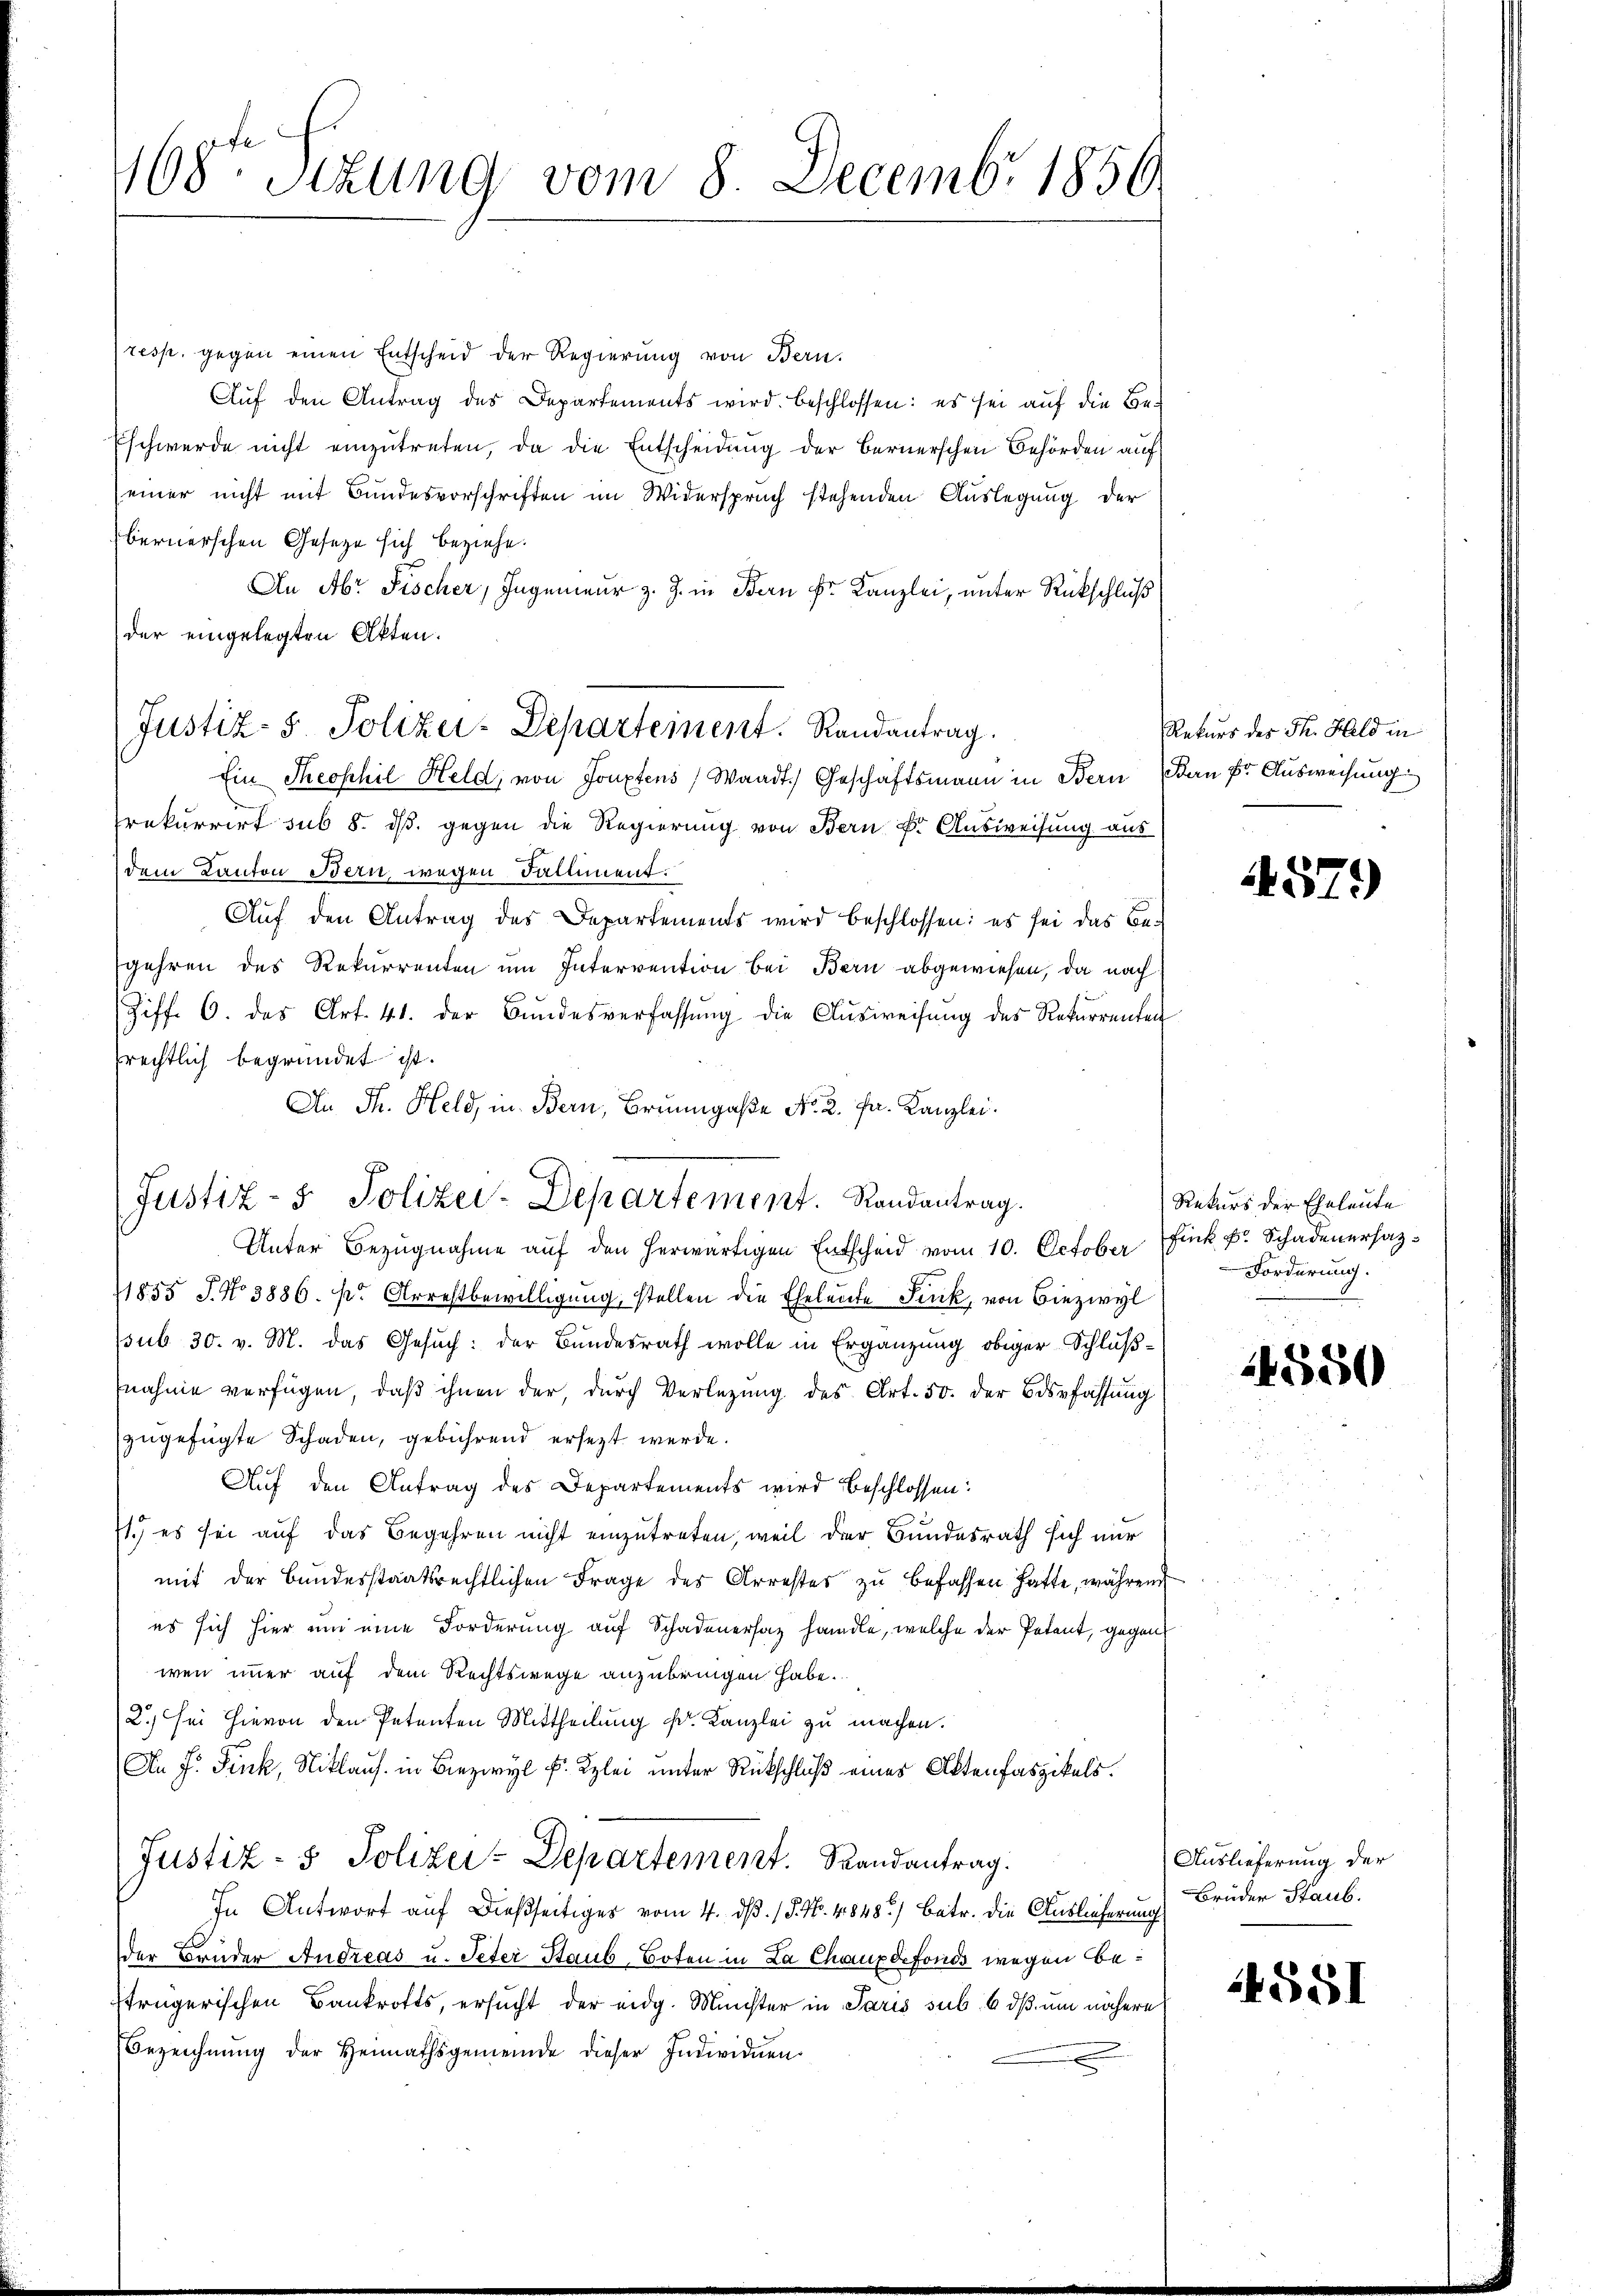
168ten Sizung vom 8. Decembr. 1850

resp. gegen einen Entscheid der Regierung von Bern.
Auf den Antrag des Departements wird beschlossen: es sei auf die Be¬
Eschwerde nicht einzutreten, da die Entscheidung der Bernerschen Behörden auf
einer nicht mit Bundesvorschriften im Widerspruch stehenden Auslegung der
bernerschen Gesetze sich beziehe.
An Abr Fischer, Ingenieur z. Z. in Bern Fr. Kanzlei, unter Rückschluß
der eingelegten Akten.
Ein Theophil Held, von Jouxtens, Waadt) Geschäftsmann in Bern an fr. Ausweisung
rekurrirt sub 8. ds. gegen die Regierung von Bern k. Ausweisung aus
dem Kanton Bern, wegen Falliment.
Auf den Antrag des Departements wird beschlossen: es sei das Begehren des Rekurrenten um Intervention bei Bern abgewiesen, da nach
Ziff. 6. des Art. 41. der Bŭndesverfassŭng die Aŭsweisŭng des Rekurrenten
rechtlich begründet ist.
An Th. Held, in Bern, Brunngaße No. 2. Fr. Kanzlei.
Unter Bezŭgnahme aŭf den herwärtigen Entscheid vom 10. October Fink kr. Schadenersaz¬
1855 J. No 3886. pr. Arrestbewilligŭng, stellen die Eheleute Fink, von Biezwyl
psub 30. v. M. das Gesuch: der Bundesrath wolle in Ergänzung obiger Schlußnahme verfügen, daß ihnen der, durch Verlegung des Art. 50. der Bossfassung
zugefügte Schaden, gebührend ersezt werde.
Auf den Antrag des Departements wird beschlossen:
71.) es sei auf das Begehren nicht einzutreten, weil der Bundesrath sich nur
mit der Bundesstaatsrechtlichen Frage des Arrester zu befassen hatte, während
es sich hier um eine Forderung auf Schadenersatz handle, welche der Petent, gegen
wen immer auf dem Rechtswege anzubringen habe.
2.) sei hievon den Petenten Mittheilung Dr. Kanzlei zu machen.
An F. Fink, Niklaus in Bezwyl f. Klei unter Rückschluß eines Aktenfaszikels.
Justiz- & Polizei-Departement. Randantrag.
In Antwort auf dießseitiges vom 4. dß. / P. Nr. 4848) Betr. die Auslieferung
der Brüder Andreas u. Peter Staub, Boten in La Chauxdefonds wegen besträgerischen Bankrotts, ersucht der eidg. Münster in Paris sub. 6 dß um nähere
Bezeichnŭng der Heimathsgemeinde dieser Individuen

Justiz- & Polizei-Departement. Randantrag.

Justiz- & Polizei-Departement. Randantrag.

Rekurs des Th. Hald in

1579)

Rekurs der Eheleute
Forderung.

4550

Auslieferung der
Brüder Staub.

4551